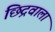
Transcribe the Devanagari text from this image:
छिद्रवाला